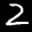
Label: 2